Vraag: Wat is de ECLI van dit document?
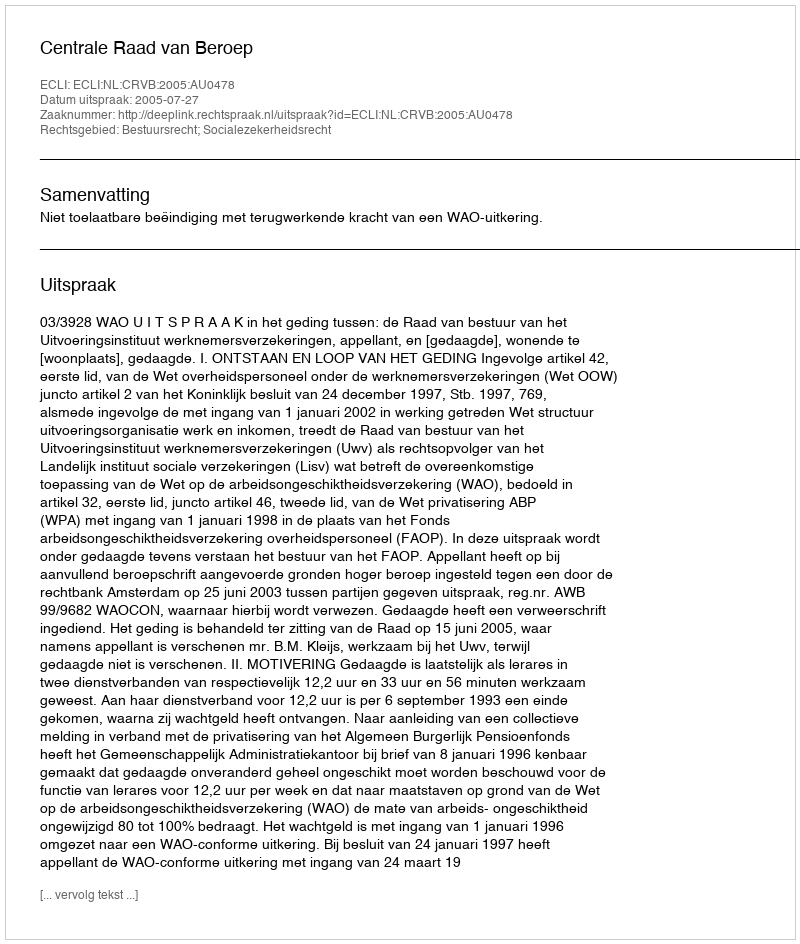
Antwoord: ECLI:NL:CRVB:2005:AU0478